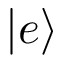
\vert e \rangle